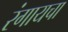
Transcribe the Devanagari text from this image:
रंगायचा